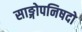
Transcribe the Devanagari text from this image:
साङ्गोपनिषदो